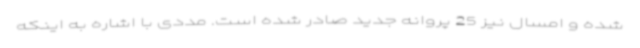
شده و امسال نیز 25 پروانه جدید صادر شده است. مددی با اشاره به اینکه